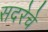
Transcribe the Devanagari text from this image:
सदरेचे